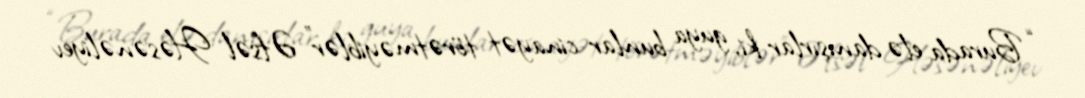
“Burada elə danışırlar ki, guya bunlar cinayət törətməyiblər” Əfsəl Həsənəliyev